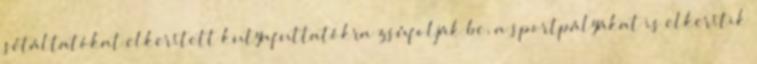
sétáltatókat elkerített kutyafuttatókra zsúfolják be, a sportpályákat is elkerítik